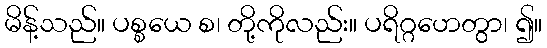
မိန့်သည်။ ပစ္စယေ စ၊ တို့ကိုလည်း။ ပရိဂ္ဂဟေတွာ၊ ၍။